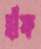
হাঁফ